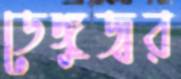
ডেঙ্গুজ্বর